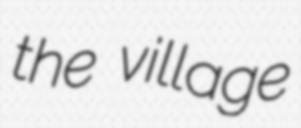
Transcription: the village